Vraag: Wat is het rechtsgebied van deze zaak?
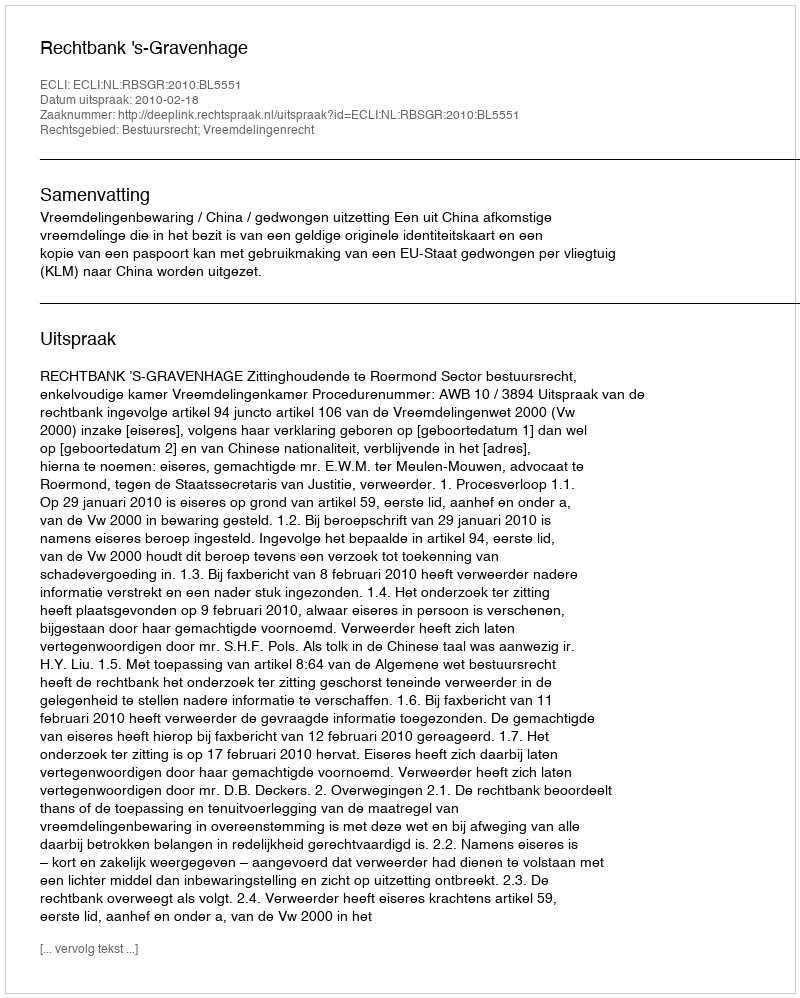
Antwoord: Bestuursrecht; Vreemdelingenrecht